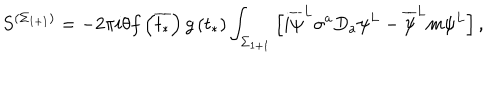
LaTeX: S ^ { \left( \Sigma _ { 1 + 1 } \right) } = - 2 \pi i \theta f \left( \overline { { { t _ { * } } } } \right) g \left( t _ { * } \right) \int _ { \Sigma _ { 1 + 1 } } \left[ i \overline { { { \psi } } } ^ { L } \sigma ^ { a } D _ { a } \psi ^ { L } - \overline { { { \psi } } } ^ { L } m \psi ^ { L } \right] ,